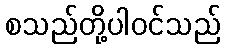
စသည်တို့ပါဝင်သည်